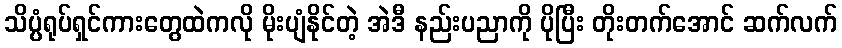
သိပ္ပံရုပ်ရှင်ကားတွေထဲကလို မိုးပျံနိုင်တဲ့ အဲဒီ နည်းပညာကို ပိုပြီး တိုးတက်အောင် ဆက်လက်